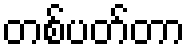
တစ်ပတ်တာ